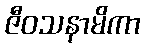
ဇီဝသနာမိကာ